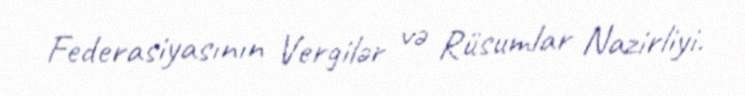
Federasiyasının Vergilər və Rüsumlar Nazirliyi.